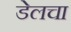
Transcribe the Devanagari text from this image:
डेलचा